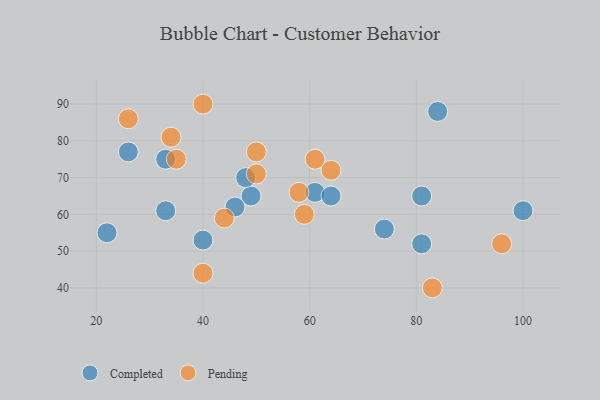
{"axis": {"x": "GDP", "y": "Life Expectancy"}, "legend": ["Completed", "Pending"], "data": [{"x": "81", "y": 65, "type": "Completed"}, {"x": "100", "y": 61, "type": "Completed"}, {"x": "22", "y": 55, "type": "Completed"}, {"x": "81", "y": 52, "type": "Completed"}, {"x": "61", "y": 66, "type": "Completed"}, {"x": "33", "y": 61, "type": "Completed"}, {"x": "74", "y": 56, "type": "Completed"}, {"x": "33", "y": 75, "type": "Completed"}, {"x": "64", "y": 65, "type": "Completed"}, {"x": "84", "y": 88, "type": "Completed"}, {"x": "26", "y": 77, "type": "Completed"}, {"x": "49", "y": 65, "type": "Completed"}, {"x": "40", "y": 53, "type": "Completed"}, {"x": "46", "y": 62, "type": "Completed"}, {"x": "48", "y": 70, "type": "Completed"}, {"x": "40", "y": 44, "type": "Pending"}, {"x": "61", "y": 75, "type": "Pending"}, {"x": "40", "y": 90, "type": "Pending"}, {"x": "58", "y": 66, "type": "Pending"}, {"x": "26", "y": 86, "type": "Pending"}, {"x": "50", "y": 71, "type": "Pending"}, {"x": "44", "y": 59, "type": "Pending"}, {"x": "59", "y": 60, "type": "Pending"}, {"x": "50", "y": 77, "type": "Pending"}, {"x": "64", "y": 72, "type": "Pending"}, {"x": "34", "y": 81, "type": "Pending"}, {"x": "83", "y": 40, "type": "Pending"}, {"x": "96", "y": 52, "type": "Pending"}, {"x": "35", "y": 75, "type": "Pending"}]}